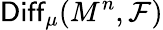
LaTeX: \mathsf{Diff}_{\mu}(M^{n},{\mathcal F})